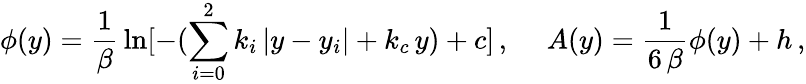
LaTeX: \phi(y)={\frac{1}{\beta}}\ln[{-(\sum_{i=0}^{2}k_{i}\, |y-y_{i}|+k_{c}\, y)+c}]\, ,\ \ \ \ \ A(y)={\frac{1}{6\, \beta}}\phi(y)+h\, ,